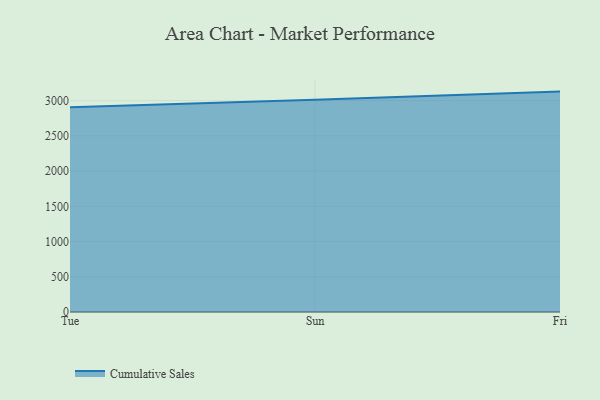
{"axis": {"x": "Day", "y": "Latency (ms)"}, "legend": ["Cumulative Sales"], "data": [{"x": "Tue", "y": 2907.0, "type": "Cumulative Sales"}, {"x": "Sun", "y": 3011.7, "type": "Cumulative Sales"}, {"x": "Fri", "y": 3128.4, "type": "Cumulative Sales"}]}